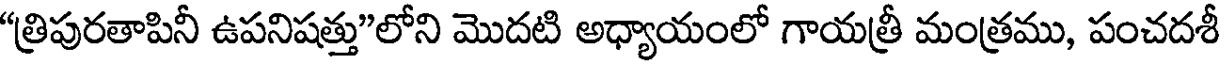
"త్రిపురతాపినీ ఉపనిషత్తు"లోని మొదటి అధ్యాయంలో గాయత్రీ మంత్రము, పంచదశీ